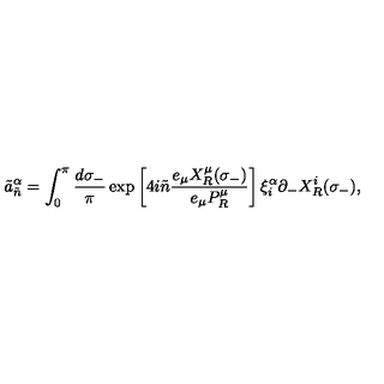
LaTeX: \tilde { a } _ { \tilde { n } } ^ { \alpha } = \int _ { 0 } ^ { \pi } \frac { d \sigma _ { - } } { \pi } \exp \left[ 4 i \tilde { n } \frac { e _ { \mu } X _ { R } ^ { \mu } ( \sigma _ { - } ) } { e _ { \mu } P _ { R } ^ { \mu } } \right] \xi _ { i } ^ { \alpha } \partial _ { - } X _ { R } ^ { i } ( \sigma _ { - } ) ,